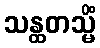
သန္ထတသ္မိံ